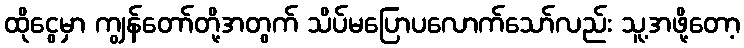
ထိုငွေမှာ ကျွန်တော်တို့အတွက် သိပ်မပြောပလောက်သော်လည်း သူ့အဖို့တော့